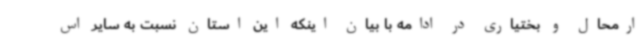
ارمحال و بختیاری در ادامه با بیان اینکه این استان نسبت به سایر اس